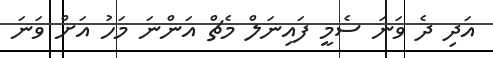
އަދި ދެ ވަނަ ސެމީ ފައިނަލް މެޗް އަންނަ މަހު އަށް ވަނަ